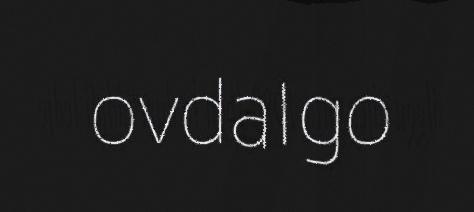
ovdalgo